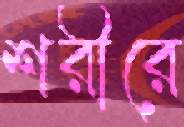
শরীরে